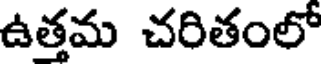
ఉత్తమ చరితంలో